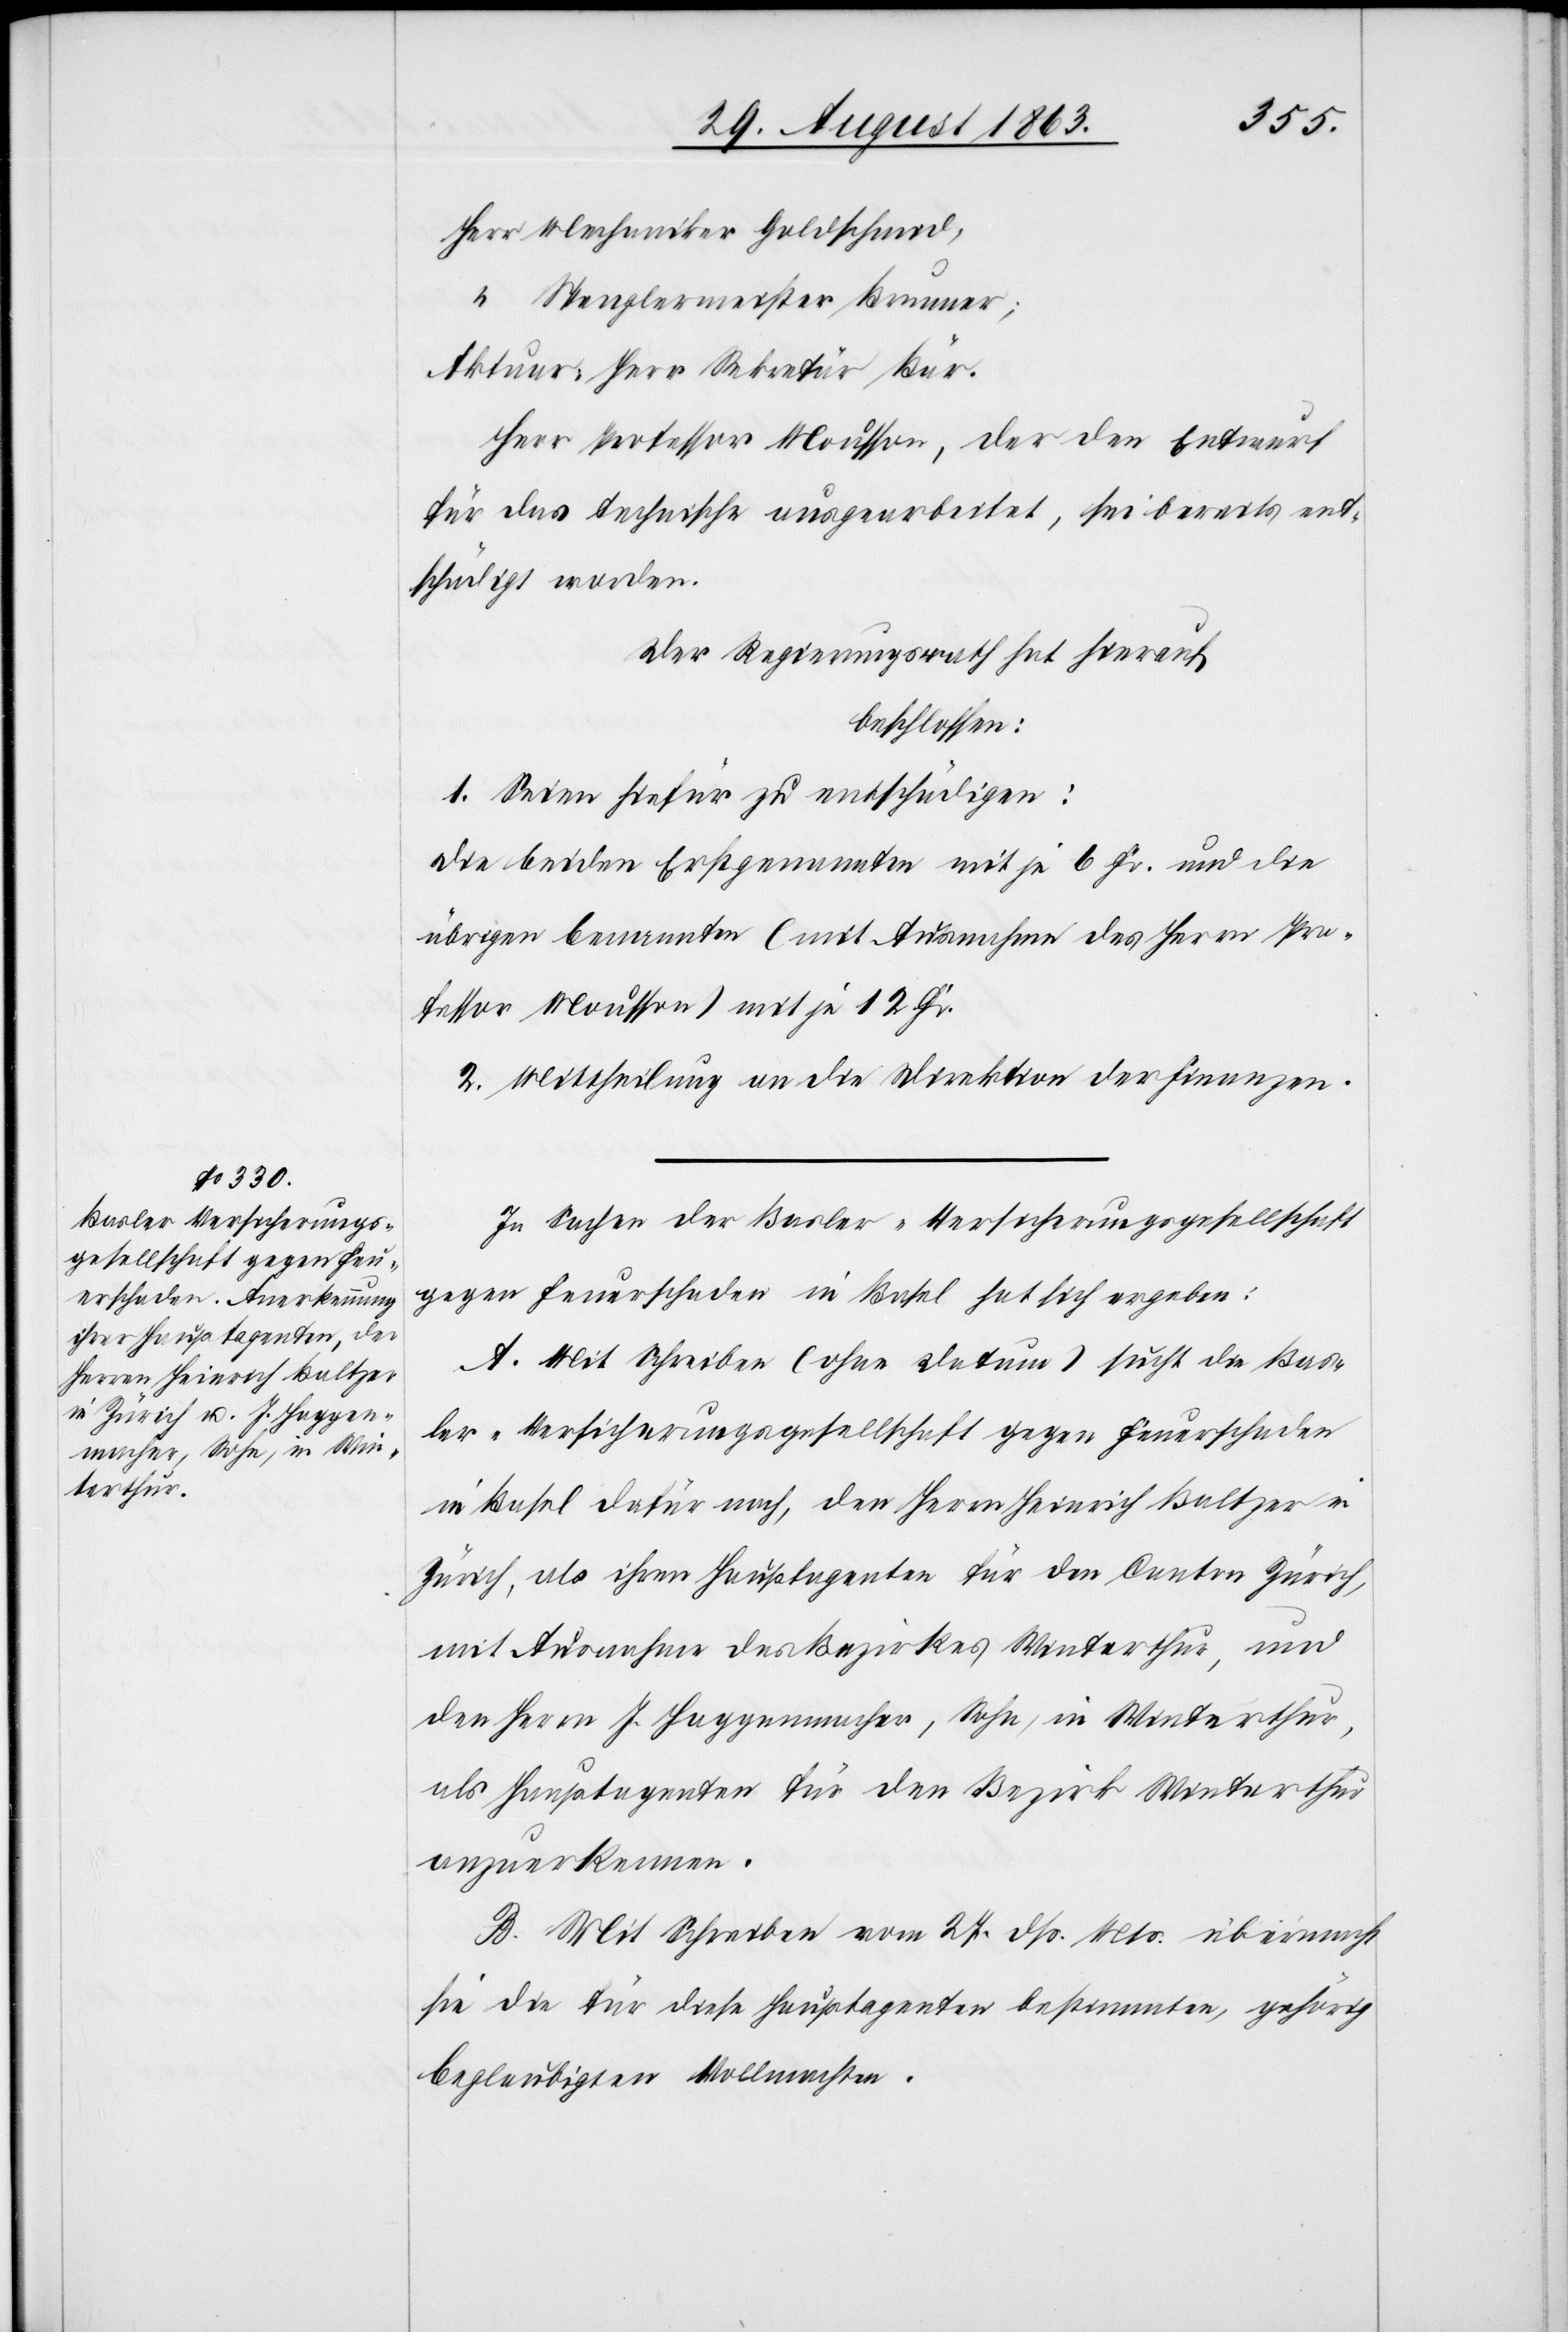
Herr Mechaniker Goldschmid,
Spenglermeister Brunner;
Aktuar: Herr Sekretär Bär.
Herr Professor Mousson, der den Entwurf
für das technische ausgearbeitet, sei bereits ent¬
schädigt worden.
Der Regierungsrath hat hierauf
beschlossen:
1. Seien hiefür zu entschädigen:
Die beiden Erstgenannten mit je 6 Fr. und die
übrigen benannten (mit Ausnahme des Herrn Pro¬
fessor Mousson) mit je 12 Fr.
2. Mittheilung an die Direktion der Finanzen.
In Sachen der Basler-Versicherungsgesellschaft
gegen Feuerschaden in Basel hat sich ergeben:
A. Mit Schreiben (ohne Datum) sucht die Bas¬
ler-Versicherungsgesellschaft gegen Feuerschaden
in Basel dafür nach, den Herrn Heinrich Baltzer in
Zürich, als ihren Hauptagenten für den Canton Zürich,
mit Ausnahme des Bezirkes Winterthur, und
den Herrn J. Haggenmacher, Sohn, in Winterthur,
als Hauptagenten für den Bezirk Winterthur
anzuerkennen.
B. Mit Schreiben vom 27. dß. Mts. übermacht
sie die für diese Hauptagenten bestimmten, gehörig
beglaubigten Vollmachten.